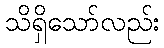
သိရှိသော်လည်း